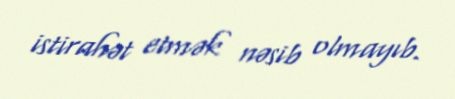
istirahət etmək nəsib olmayıb.